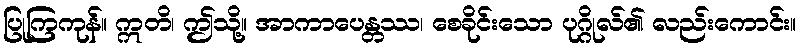
ပြုကြကုန်။ ဣတိ၊ ဤသို့။ အာကာပေန္တဿ၊ စေခိုင်းသော ပုဂ္ဂိုလ်၏ လည်းကောင်း။